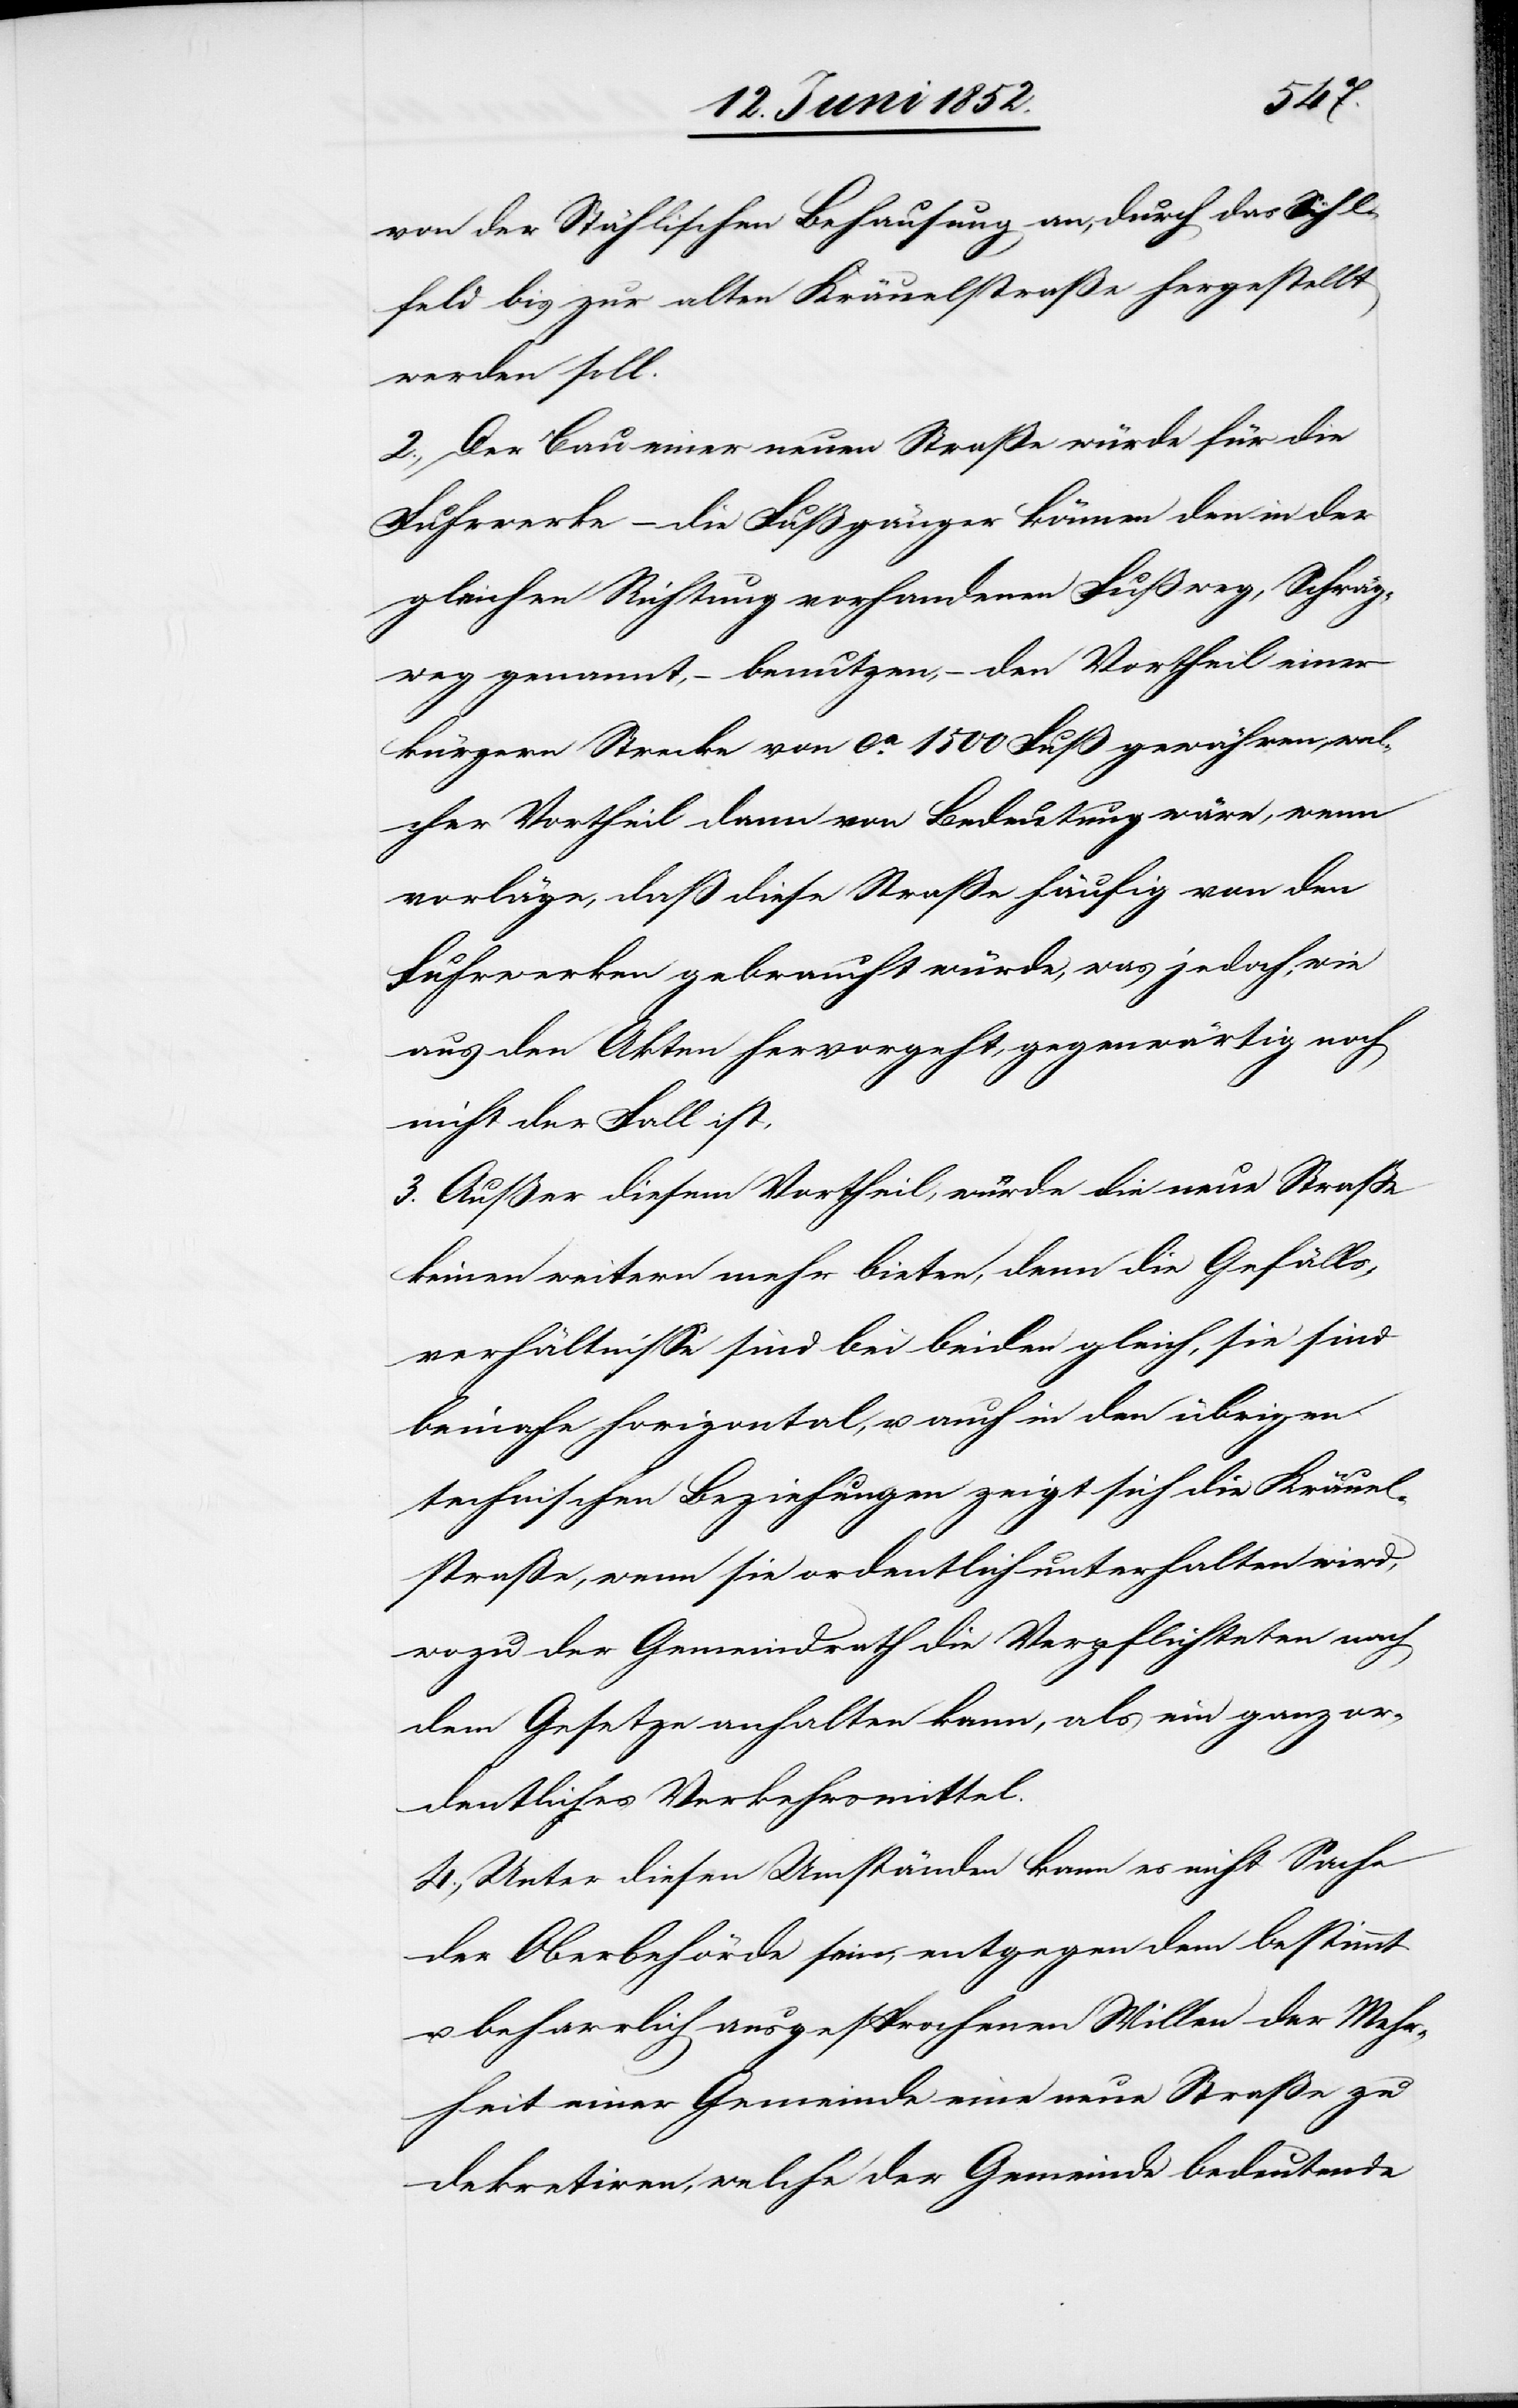
von der Stählischen Behausung an, durch das Sihl¬
feld bis zur alten Kräuelstraße hergestellt
werden soll.
2., Der Bau einer neuen Straße würde für die
Fuhrwerke – die Fußgänger können den in der
gleichen Richtung vorhandenen Fußweg, Schräg¬
weg genannt, – benutzen, – den Vortheil einer
kürzern Strecke von ca. 1500 Fuß gewähren, wel¬
cher Vortheil dann von Bedeutung wäre, wenn
vorläge, daß diese Straße häufig von den
Fuhrwerken gebraucht würde, was jedoch, wie
aus den Akten hervorgeht, gegenwärtig noch
nicht der Fall ist.
3. Außer diesem Vortheil, würde die neue Straße
keinen weitern mehr bieten, denn die Gefälls¬
verhältnisse sind bei beiden gleich, sie sind
beinahe horizontal, u. auch in den übrigen
technischen Beziehungen zeigt sich die Kräuel¬
straße, wenn sie ordentlich unterhalten wird,
wozu der Gemeindrath die Verpflichteten nach
dem Gesetze anhalten kann, als ein ganz or¬
dentliches Verkehrsmittel.
4., Unter diesen Umständen kann es nicht Sache
der Oberbehörde sein, entgegen dem bestimmt
beharrlich ausgesprochenen Willen der Mehr¬
heit einer Gemeinde eine neue Straße zu
dekretiren, welche der Gemeinde bedeutende